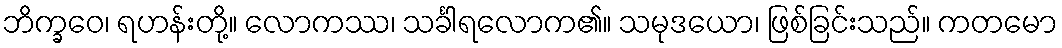
ဘိက္ခဝေ၊ ရဟန်းတို့။ လောကဿ၊ သင်္ခါရလောက၏။ သမုဒယော၊ ဖြစ်ခြင်းသည်။ ကတမော